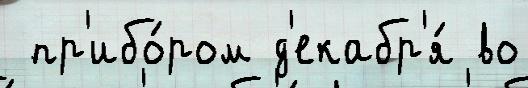
 пр'ибо́ром д'екабр'я́ во